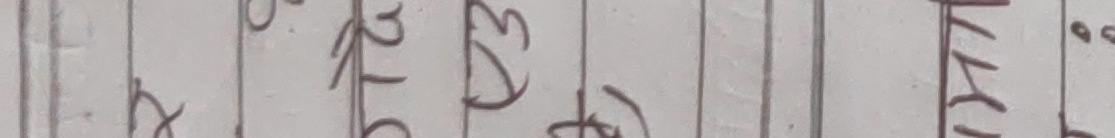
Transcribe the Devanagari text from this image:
ख२७४४७९.